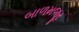
બાળમજૂર